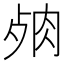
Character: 𦚛